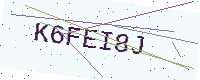
Text: K6FEI8J